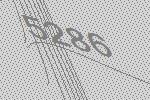
5286